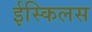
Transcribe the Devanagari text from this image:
ईस्किलस